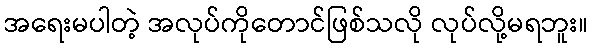
အရေးမပါတဲ့ အလုပ်ကိုတောင်ဖြစ်သလို လုပ်လို့မရဘူး။